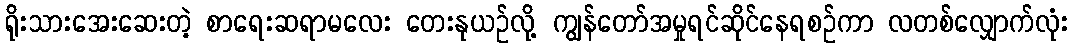
ရိုးသားအေးဆေးတဲ့ စာရေးဆရာမလေး တေးနုယဉ်လို့ ကျွန်တော်အမှုရင်ဆိုင်နေရစဉ်ကာ လတစ်လျှောက်လုံး